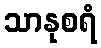
သာနုစရံ